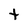
Character: t